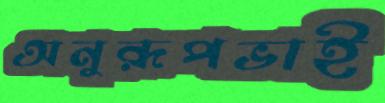
অনুরূপভাই